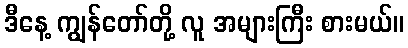
ဒီနေ့ ကျွန်တော်တို့ လူ အများကြီး စားမယ်။